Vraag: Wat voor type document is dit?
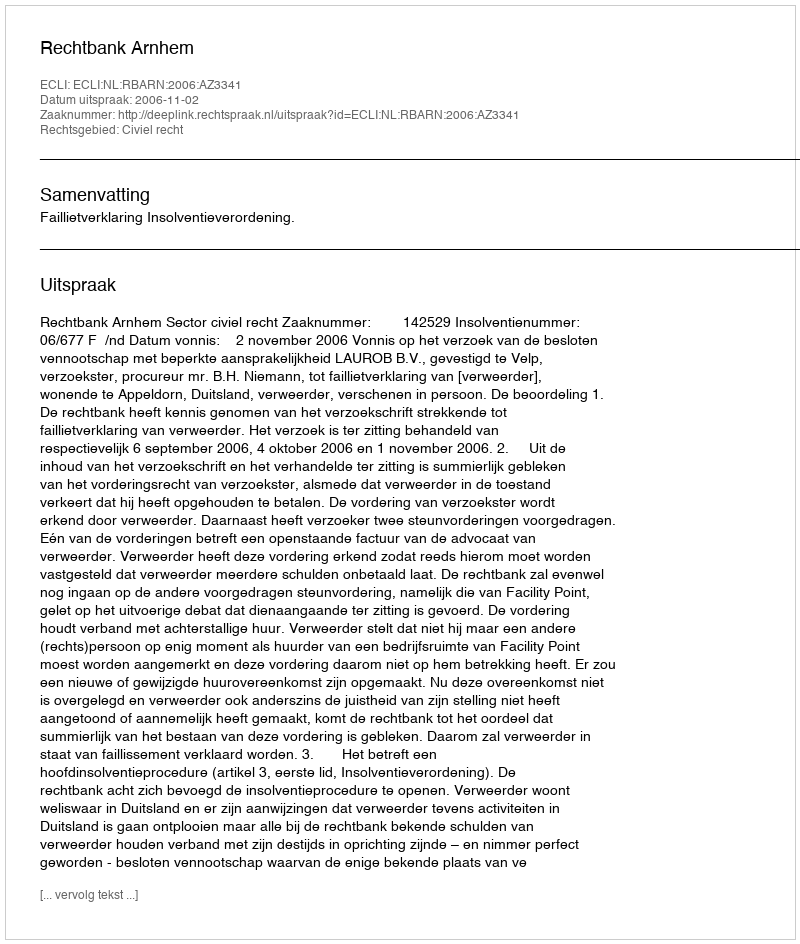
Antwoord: Uitspraak